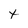
Character: t